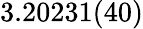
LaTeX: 3.20231(40)